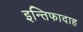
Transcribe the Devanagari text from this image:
इन्तिफादाह